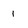
Character: 1